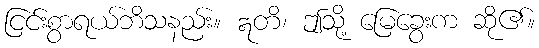
ငြင်းစွာရယ်ဘိသနည်း။ ဣတိ၊ ဤသို့ မြေခွေးက ဆို၏။